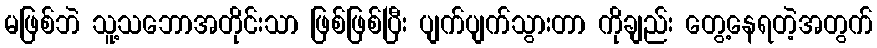
မဖြစ်ဘဲ သူ့သဘောအတိုင်းသာ ဖြစ်ဖြစ်ပြီး ပျက်ပျက်သွားတာ ကိုချည်း တွေ့နေရတဲ့အတွက်